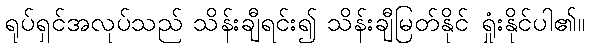
ရုပ်ရှင်အလုပ်သည် သိန်းချီရင်း၍ သိန်းချီမြတ်နိုင် ရှုံးနိုင်ပါ၏။